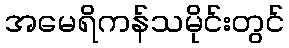
အမေရိကန်သမိုင်းတွင်